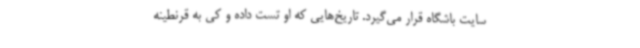
سایت باشگاه قرار می‌گیرد. تاریخ‌هایی که او تست داده و کی به قرنطینه